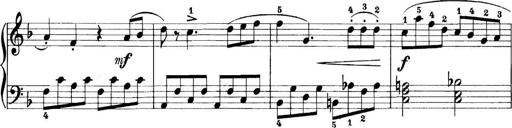
Title: 11 Sonatinas
Composer: Anton Diabelli